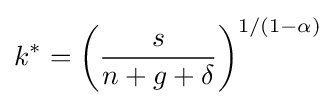
k^{*}=\left({\frac {s}{n+g+\delta }}\right)^{1/(1-\alpha )}